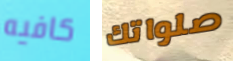
كافيه صلواتك